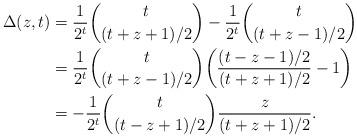
LaTeX: \begin{align*}\Delta(z, t) &= \frac{1}{2^t} {t \choose (t+z+1)/2} - \frac{1}{2^t} {t \choose (t+z-1)/2} \\&= \frac{1}{2^t} {t \choose (t+z-1)/2} \biggl(\frac{(t-z -1)/2 }{(t+z+1)/2 } - 1 \biggr)\\&= -\frac{1}{2^t} {t \choose (t-z+1)/2} \frac{z}{(t+z+1)/2}. \end{align*}